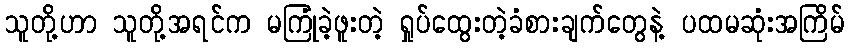
သူတို့ဟာ သူတို့အရင်က မကြုံခဲ့ဖူးတဲ့ ရှုပ်ထွေးတဲ့ခံစားချက်တွေနဲ့ ပထမဆုံးအကြိမ်